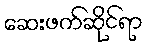
ဆေးဖက်ဆိုင်ရာ